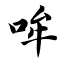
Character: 哞